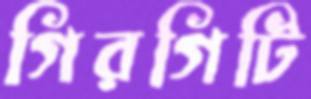
গিরগিটি